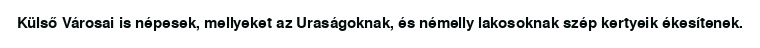
Külső Városai is népesek, mellyeket az Uraságoknak, és némelly lakosoknak szép kertyeik ékesítenek.